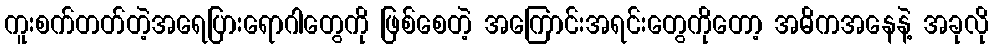
ကူးစက်တတ်တဲ့အရေပြားရောဂါတွေကို ဖြစ်စေတဲ့ အကြောင်းအရင်းတွေကိုတော့ အဓိကအနေနဲ့ အခုလို